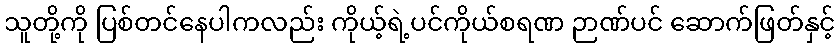
သူတို့ကို ပြစ်တင်နေပါကလည်း ကိုယ့်ရဲ့ပင်ကိုယ်စရဏ ဉာဏ်ပင် ဆောက်ဖြတ်နှင့်